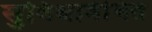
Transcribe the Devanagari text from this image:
सुविधावंचित